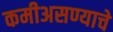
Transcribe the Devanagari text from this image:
कमीअसण्याचे